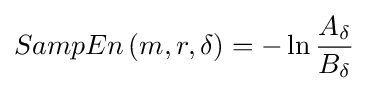
SampEn\left(m,r,\delta \right)=-\ln {A_{\delta } \over B_{\delta }}